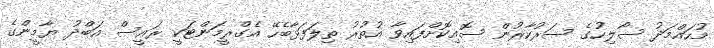
މުހައްމަދު ސޯލިހުގެ ސަރުކާރުން ސޮއިކޮށްފައިވާ އުތުރު ތިލަފަޅާބެހޭ އެގްރީމަންޓަކީ ރައީސް އަބްދު ޔާމީންގެ